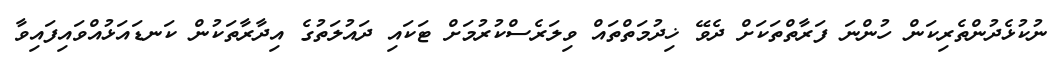
ނުކުޅެދުންތެރިކަން ހުންނަ ފަރާތްތަކަށް ދެވޭ ޚިދުމަތްތައް ވިލަރެސްކުރުމަށް ޓަކައި ދައުލަތުގެ އިދާރާތަކުން ކަނޑައަޅުއްވައިފައިވާ